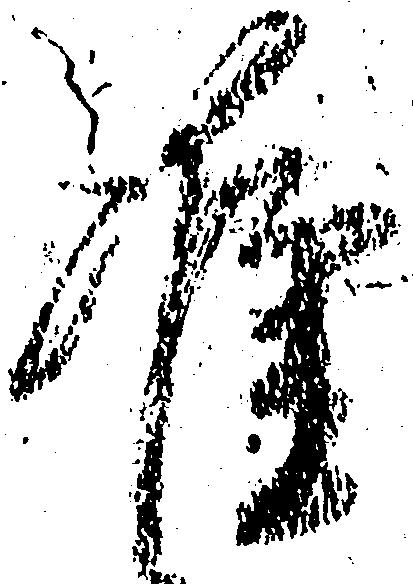
准